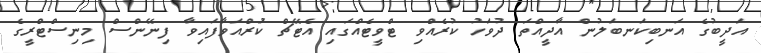
އަދީބުގެ އަނބިކަނބަލުން އާދީއްތަ ދުވަހު ކުރެއްވި ޓްވީޓެއްގައި އެޓޭޗް ކުަރްއަވާފައިވާ ފިނޭންސް މިނިސްޓްރީގެ